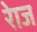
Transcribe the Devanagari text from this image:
रेाज